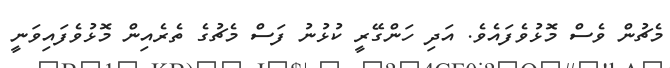
މެޗުން ވެސް މޮޅުވެފައެވެ. އަދި ހަންގޭރީ ކުޅުނު ފަސް މެޗުގެ ތެރެއިން މޮޅުވެފައިވަނީ